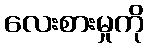
လေးစားမှုကို